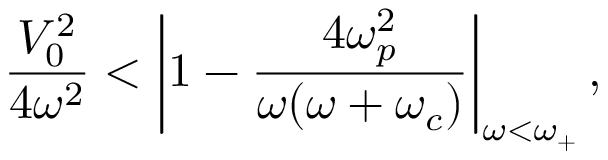
\frac { V _ { 0 } ^ { 2 } } { 4 \omega ^ { 2 } } < \left\vert 1 - \frac { 4 \omega _ { p } ^ { 2 } } { \omega ( \omega + \omega _ { c } ) } \right\vert _ { \omega < \omega _ { + } } ,